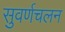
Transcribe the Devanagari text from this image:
सुवर्णचलन